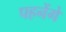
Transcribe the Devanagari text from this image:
पहनेंगे